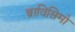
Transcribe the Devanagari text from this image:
ब्राविसिमो